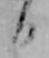
日